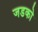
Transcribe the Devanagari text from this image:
जडको